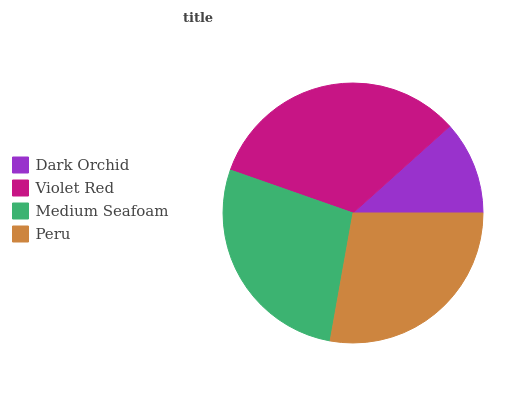
| Dark Orchid | Violet Red | Medium Seafoam | Peru |
 | --- | --- | --- | --- |
 | 11.6% | 33% | 27.5% | 27.9% |